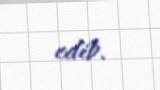
edib.